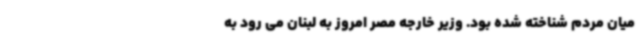
میان مردم شناخته شده بود. وزیر خارجه مصر امروز به لبنان می رود به